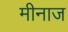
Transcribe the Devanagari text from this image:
मीनाज